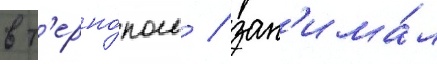
в т'ерно́поль / зан'има́л